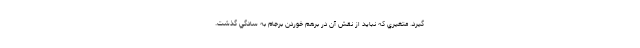
گيرد. متغيري كه نبايد از نقش آن در برهم خوردن برجام به سادگي گذشت.